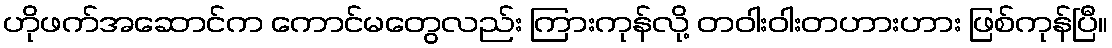
ဟိုဖက်အဆောင်က ကောင်မတွေလည်း ကြားကုန်လို့ တဝါးဝါးတဟားဟား ဖြစ်ကုန်ပြီ။